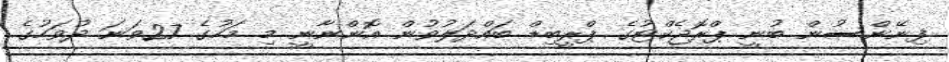
ފިނޭންސުން ބުނީ ޕްރޮޖެކްޓުގެ ޕްރީބިޑް ބައްދަލުވުން އޮންނާނީ މި މަހުގެ 27ވަނަ ދުވަހުގެ